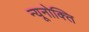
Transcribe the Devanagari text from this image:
न्यूनोक्‍ति